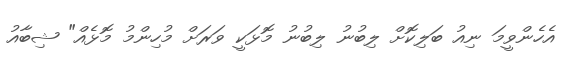
އެހެންވީމަ ނިއު ބަލިކޮށް ލިބުނު ލިބުނު މޮޅަކީ ވަރަށް މުހިންމު މޮޅެއް" ޝިބާއު